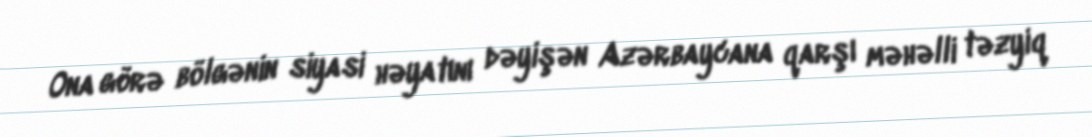
Ona görə bölgənin siyasi həyatını dəyişən Azərbaycana qarşı məhəlli təzyiq